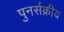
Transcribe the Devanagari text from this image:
पुनर्सक्रीय